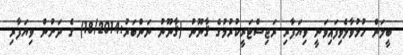
ބީލަން ހުޅުވާލެވިފައިވަނީ ވިޔަފާރި ރަޖިސްޓަރީކުރުމުގެ ޤާނޫނު (ޤާނޫނު ނަންބަރު:18/2014) ގެ ދަށުން ވިޔަފާރި